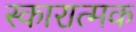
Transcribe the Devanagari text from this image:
स्कारात्मक